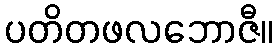
ပတိတဖလဘောဇီ။